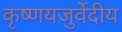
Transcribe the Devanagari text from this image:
कृष्णयजुर्वेदीय